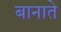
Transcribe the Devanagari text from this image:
बानाते